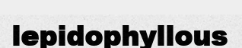
lepidophyllous